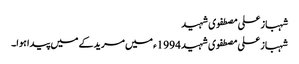
شہباز علی مصطفوی شہید
شہباز علی مصطفوی شہید 1994ء میں مریدکے میں پیدا ہوا۔